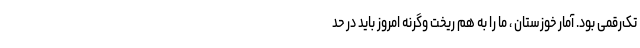
تک‌رقمی بود. آمار خوزستان ، ما را به هم ریخت وگرنه امروز باید در حد